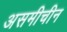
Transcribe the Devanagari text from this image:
असमीचीन